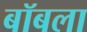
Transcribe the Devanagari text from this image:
बॉबला